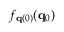
f _ { { \bf q } ( 0 ) } ( { \bf q } _ { 0 } )